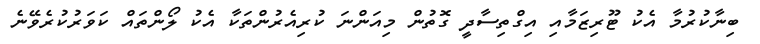
ބިނާކުރުމާ އެކު ޓޫރިޒަމާއި އިގްތިސާދީ ގޮތުން މިއަންނަ ކުރިއެރުންތަކާ އެކު ލޯންތައް ކަވަރުކުރެވޭނެ